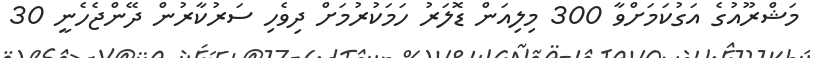
މަޝްރޫއުގެ އަގުކަމަށްވާ 300 މިލިއަން ޑޮލަރު ހަމަކުރުމަށް ދިވެހި ސަރުކާރުން ދޭންޖެހެނީ 30